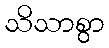
သိသာစွာ